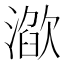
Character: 𣽌